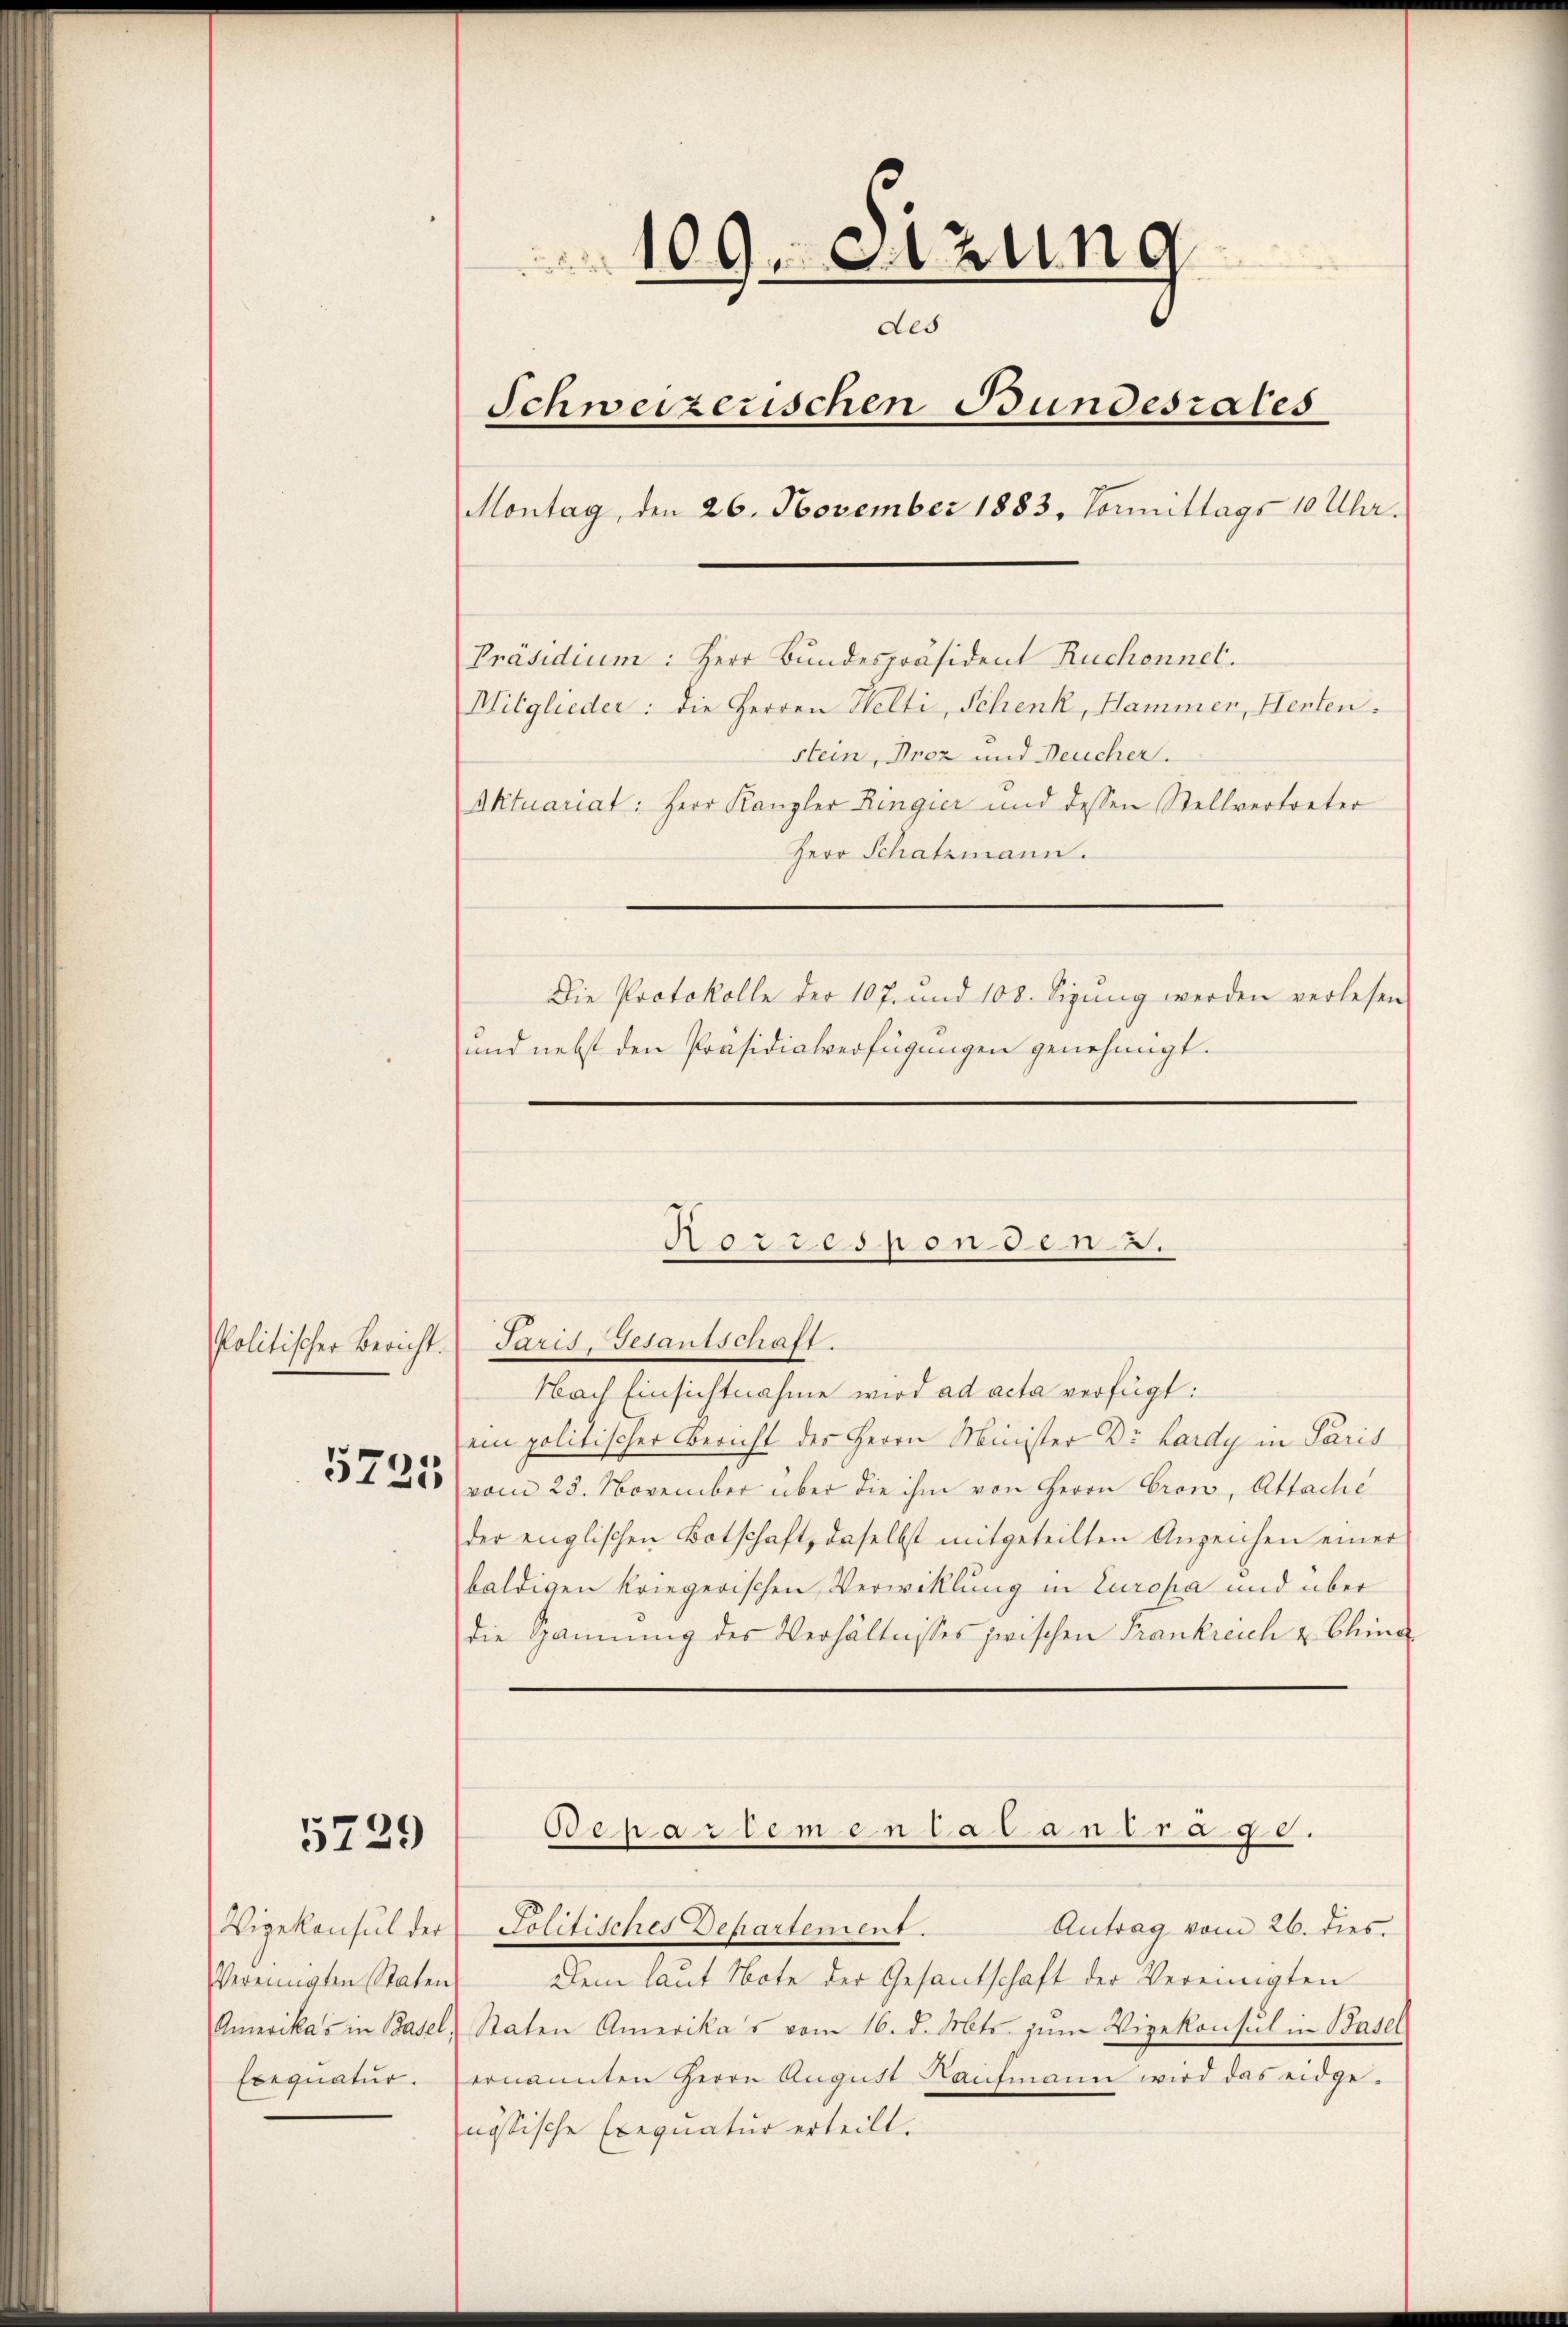
109. Szung
des
Schweizerischen Bundesrates
Montag, den 26. November 1883. Vormittags 10 Uhr.
Präsidium: Herr Bundespräsident Ruchonnet.
Mitglieder: die Herren Helti, Schenk, Hammen, Herten.
stein, Prez und Deucher.
Aktuariat: Herr Kanzler Ringier und dessen Stellvertreter
Herr Schatzmann.
Die Protokolle der 107. und 108. Sigŭng werden verlesen
und nebst den Präsidialverfügungen genehmigt.

Paris-Gesantschaft.
Nach Einsichtnahme wird ad acta verfügt:
ein politischer Bericht des Herrn Minister Dr. Lardy in Paris
vom 23. November über die ihm von Herrn Crow, Attache
der englischen Botschaft, daselbst mitgeteilten Anzeichen einer
baldigen kriegerischen Verwilllung in Europa und über
die Hannŭng des Verhältnisses zwischen Frankreich u China
Oeartemen ad antrage.
Politisches Departement.
Antrag vom 26. dies
Dem laut Note der Gesantschaft der Vereinigten
Staten Amerika's vom 16. d. Mts. zum Vizekonsul in Basel
ernannten Herrn August Kaufmann wird das eidge-
nössische Exequatur erteilt.

Horresponden 2.

Politischer Bericht.

3725

5729

Vizekonsul der
Vereinigten Staten
Amerikas in Basel,
Exequatur.